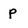
Character: P